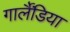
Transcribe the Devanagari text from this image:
गार्लैंडिया